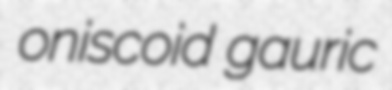
oniscoid gauric